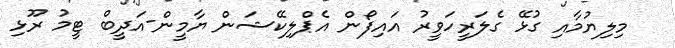
މިލިޔުމާއި ގުޅޭ ގެލަރީހަވީރު އައިފޯން އެޕްލިކޭޝަން ޔާމީން-އަދީބް ޓީމު ރޫޅި